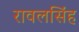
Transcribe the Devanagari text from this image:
रावलसिंह